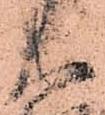
大